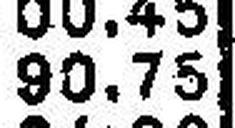
90.75